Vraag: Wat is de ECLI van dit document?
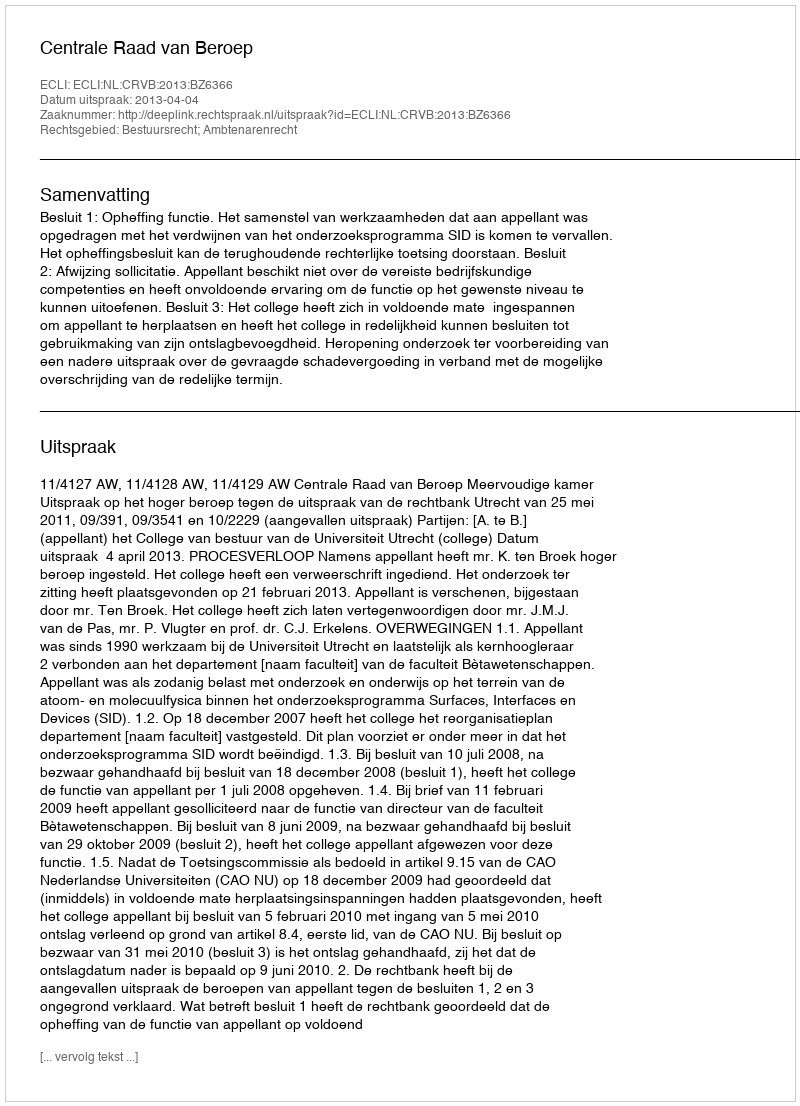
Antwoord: ECLI:NL:CRVB:2013:BZ6366